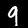
Digit: 9